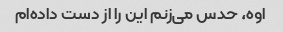
اوه، حدس می‌زنم این را از دست داده‌ام